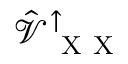
\hat { \mathcal { V } } _ { \mathrm { ~ X ~ X ~ } } ^ { \uparrow }